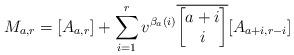
LaTeX: \begin{align*} M_{a,r}= [A_{a,r}] + \sum^r_{i=1} v^{\beta_{a}(i)} \overline{\begin{bmatrix}a + i\\ i\end{bmatrix}} [A_{a+i, r-i}]\end{align*}